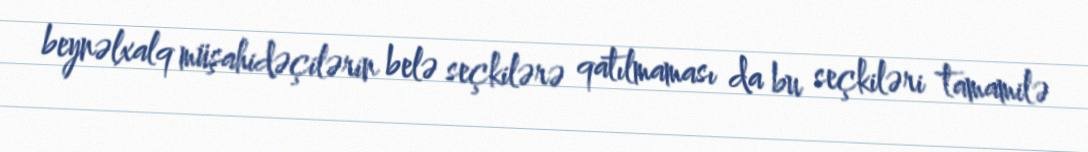
beynəlxalq müşahidəçilərin belə seçkilərə qatılmaması da bu seçkiləri tamamilə